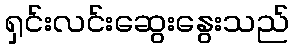
ရှင်းလင်းဆွေးနွေးသည်